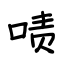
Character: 啧